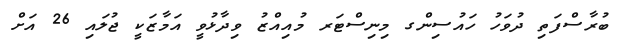
ބުރާސްފަތި ދުވަހު ހައުސިންގ މިނިސްޓަރ މުއިއްޒު ވިދާޅުވީ އަމާޒަކީ ޖުލައި 26 އަށް